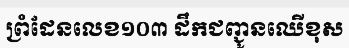
ព្រំដែនលេខ១០៣ ដឹកជញ្ជូនឈើខុស